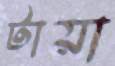
টায়া